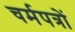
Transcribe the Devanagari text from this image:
चर्मपत्रों